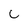
Character: C